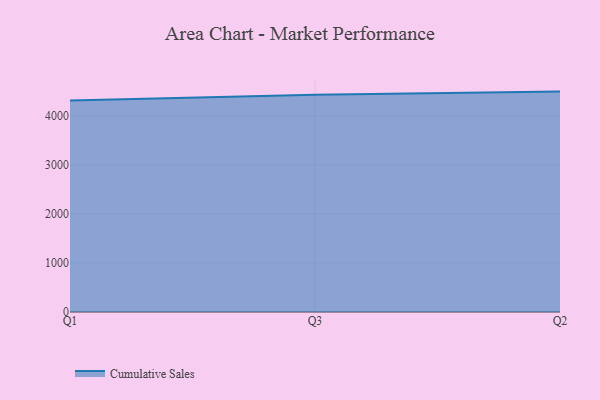
{"axis": {"x": "Quarter", "y": "Gross Profit (USD K)"}, "legend": ["Cumulative Sales"], "data": [{"x": "Q1", "y": 4315.9, "type": "Cumulative Sales"}, {"x": "Q3", "y": 4433.5, "type": "Cumulative Sales"}, {"x": "Q2", "y": 4495.6, "type": "Cumulative Sales"}]}